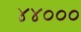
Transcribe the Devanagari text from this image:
४४०००